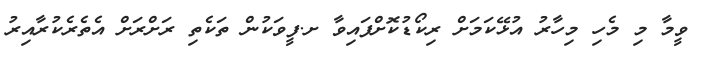
ވީމާ މި މެހި މިހާރު އުޅޭކަމަށް ރިކޯޑުކޮށްފައިވާ ށ.ފީވަކުން ތަކެތި ރަށްރަށް އެތެރެކުރާއިރު